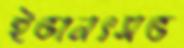
ইভানৎসভ